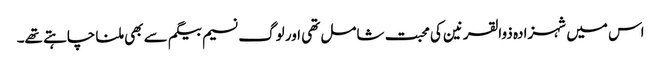
اس میں شہزادہ ذوالقرنین کی محبت شامل تھی اور لوگ نسیم بیگم سے بھی ملنا چاہتے تھے۔